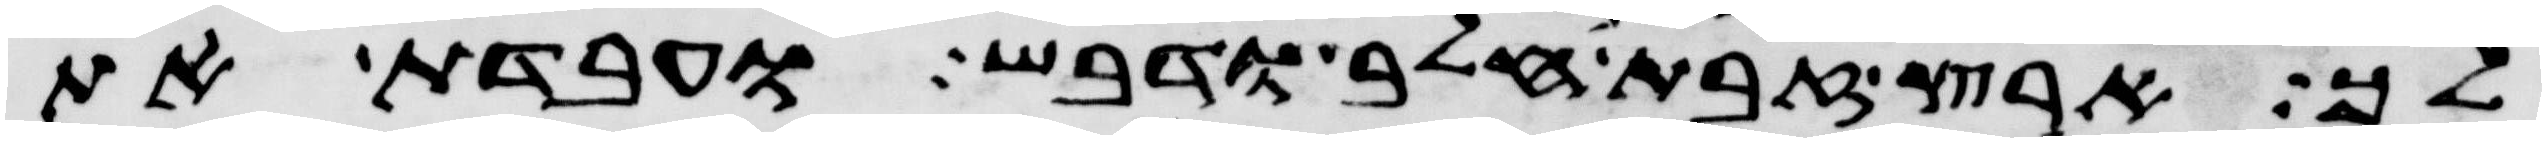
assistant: לך ארץ זבת חלב ודבש ועבדת את